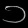
Digit: ၁